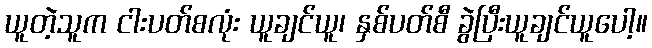
ယူတဲ့သူက ငါးပတ်စလုံး ယူချင်ယူ၊ နှစ်ပတ်စီ ခွဲပြီးယူချင်ယူပေါ့။